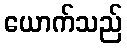
ယောက်သည်